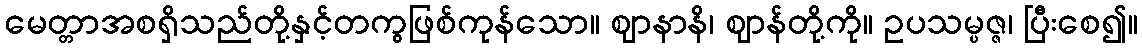
မေတ္တာအစရှိသည်တို့နှင့်တကွဖြစ်ကုန်သော။ ဈာနာနိ၊ ဈာန်တို့ကို။ ဥပသမ္ပဇ္ဇ၊ ပြီးစေ၍။